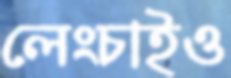
লেংচাইও